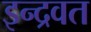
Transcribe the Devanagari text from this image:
इन्द्रवत